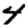
Digit: 4